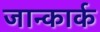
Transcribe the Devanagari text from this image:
जान्कार्क